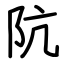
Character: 阬